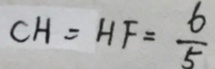
C H = H F = \frac { 6 } { 5 }